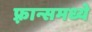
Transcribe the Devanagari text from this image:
फ़्रान्समध्ये